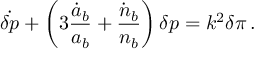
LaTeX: \dot { \delta p } + \left( 3 { \frac { \dot { a } _ { b } } { a _ { b } } } + { \frac { \dot { n } _ { b } } { n _ { b } } } \right) \delta p = k ^ { 2 } \delta \pi \, .